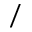
/